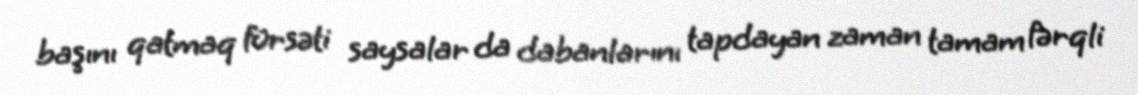
başını qatmaq fürsəti saysalar da dabanlarını tapdayan zaman tamam fərqli